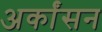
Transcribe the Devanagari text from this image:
अर्कांसन